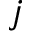
j